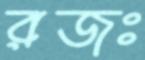
রজঃ